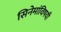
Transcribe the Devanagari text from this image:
सिनेमांविषयी